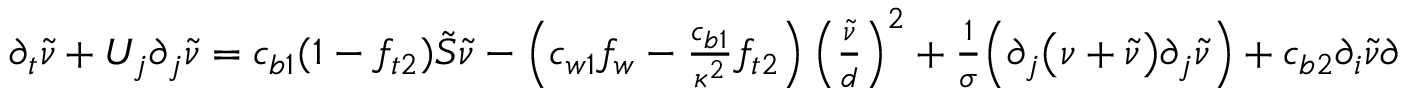
\begin{array} { r } { \partial _ { t } \Tilde { \nu } + U _ { j } \partial _ { j } \Tilde { \nu } = c _ { b 1 } ( 1 - f _ { t 2 } ) \Tilde { S } \Tilde { \nu } - \left( c _ { w 1 } f _ { w } - \frac { c _ { b 1 } } { \kappa ^ { 2 } } f _ { t 2 } \right) \left( \frac { \Tilde { \nu } } { d } \right) ^ { 2 } + \frac { 1 } { \sigma } \Big ( \partial _ { j } \big ( \nu + \Tilde { \nu } \big ) \partial _ { j } \Tilde { \nu } \Big ) + c _ { b 2 } \partial _ { i } \Tilde { \nu } \partial _ { i } \Tilde { \nu } } \end{array}